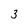
Character: 3